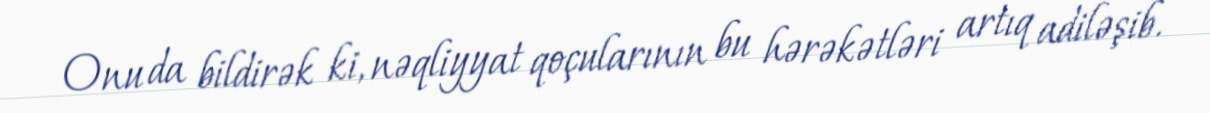
Onu da bildirək ki, nəqliyyat qoçularının bu hərəkətləri artıq adiləşib.